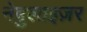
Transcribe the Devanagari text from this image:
नेबुलाइज़र